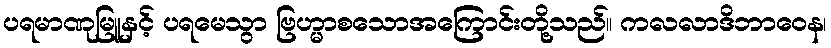
ပရမာဏုမြူနှင့် ပရမေသွာ ဗြဟ္မာစသောအကြောင်းတို့သည်။ ကလလာဒိဘာဝေန၊